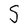
Character: S